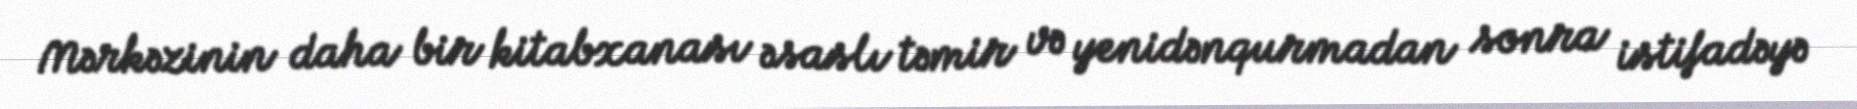
Mərkəzinin daha bir kitabxanası əsaslı təmir və yenidənqurmadan sonra istifadəyə